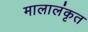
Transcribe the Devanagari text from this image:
मालालंकृत